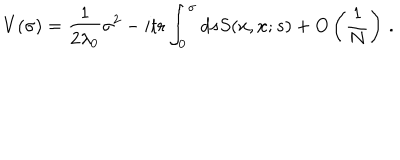
LaTeX: V ( \sigma ) = \frac { 1 } { 2 \lambda _ { 0 } } \sigma ^ { 2 } - i \mathrm { t r } \int _ { 0 } ^ { \sigma } d s S ( x , x ; s ) + O \left( \frac { 1 } { N } \right) \, .